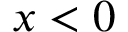
x < 0